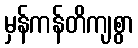
မှန်ကန်တိကျစွာ